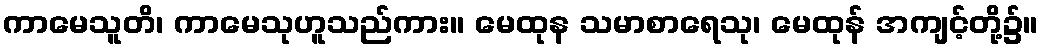
ကာမေသူတိ၊ ကာမေသုဟူသည်ကား။ မေထုန သမာစာရေသု၊ မေထုန် အကျင့်တို့၌။